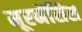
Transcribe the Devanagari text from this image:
मूरनेंसिस